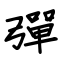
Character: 彈